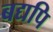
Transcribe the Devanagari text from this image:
बद्यपि